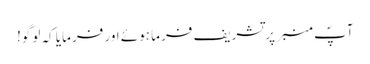
آپؐ منبر پر تشریف فرما ہوئے اور فرمایا کہ لوگو!